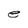
Character: e